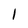
Character: 1